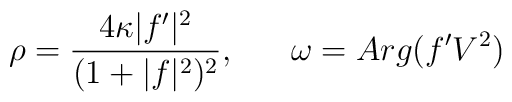
\rho = { {4 \kappa | f^{\prime} |^{2} } \over { (1 + | f |^{2} )^{2} } },{}~~~~~\omega = Arg(f^{\prime}V^{2})